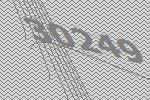
30249